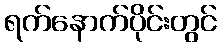
ရက်နောက်ပိုင်းတွင်